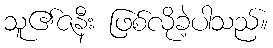
သူ၏ဇနီး ဖြစ်လိုခဲ့ပါသည်။